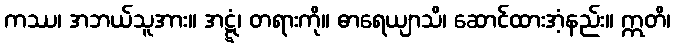
ကဿ၊ အဘယ်သူအား။ အဋ္ဋံ၊ တရားကို။ ဓာရေယျာသိ၊ ဆောင်ထားအံ့နည်း။ ဣတိ၊